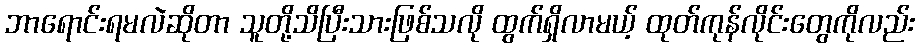
ဘာရောင်းရမလဲဆိုတာ သူတို့သိပြီးသားဖြစ်သလို ထွက်ရှိလာမယ့် ထုတ်ကုန်လိုင်းတွေကိုလည်း